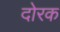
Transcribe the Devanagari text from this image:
दोरक